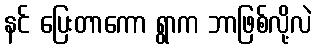
နင် ပြေးတာကော ရွာက ဘာဖြစ်လို့လဲ